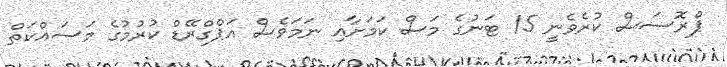
ޕްރޮސަސް ކުރެވެނީ 15 ޓަނުގެ މަސް ކަމަށާއި ނަމަވެސް އަޕްގްރޭޑް ކުރުމުގެ މަސައްކަތް